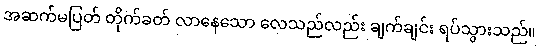
အဆက်မပြတ် တိုက်ခတ် လာနေသော လေသည်လည်း ချက်ချင်း ရပ်သွားသည်။